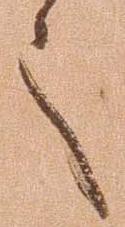
言